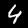
Label: 4